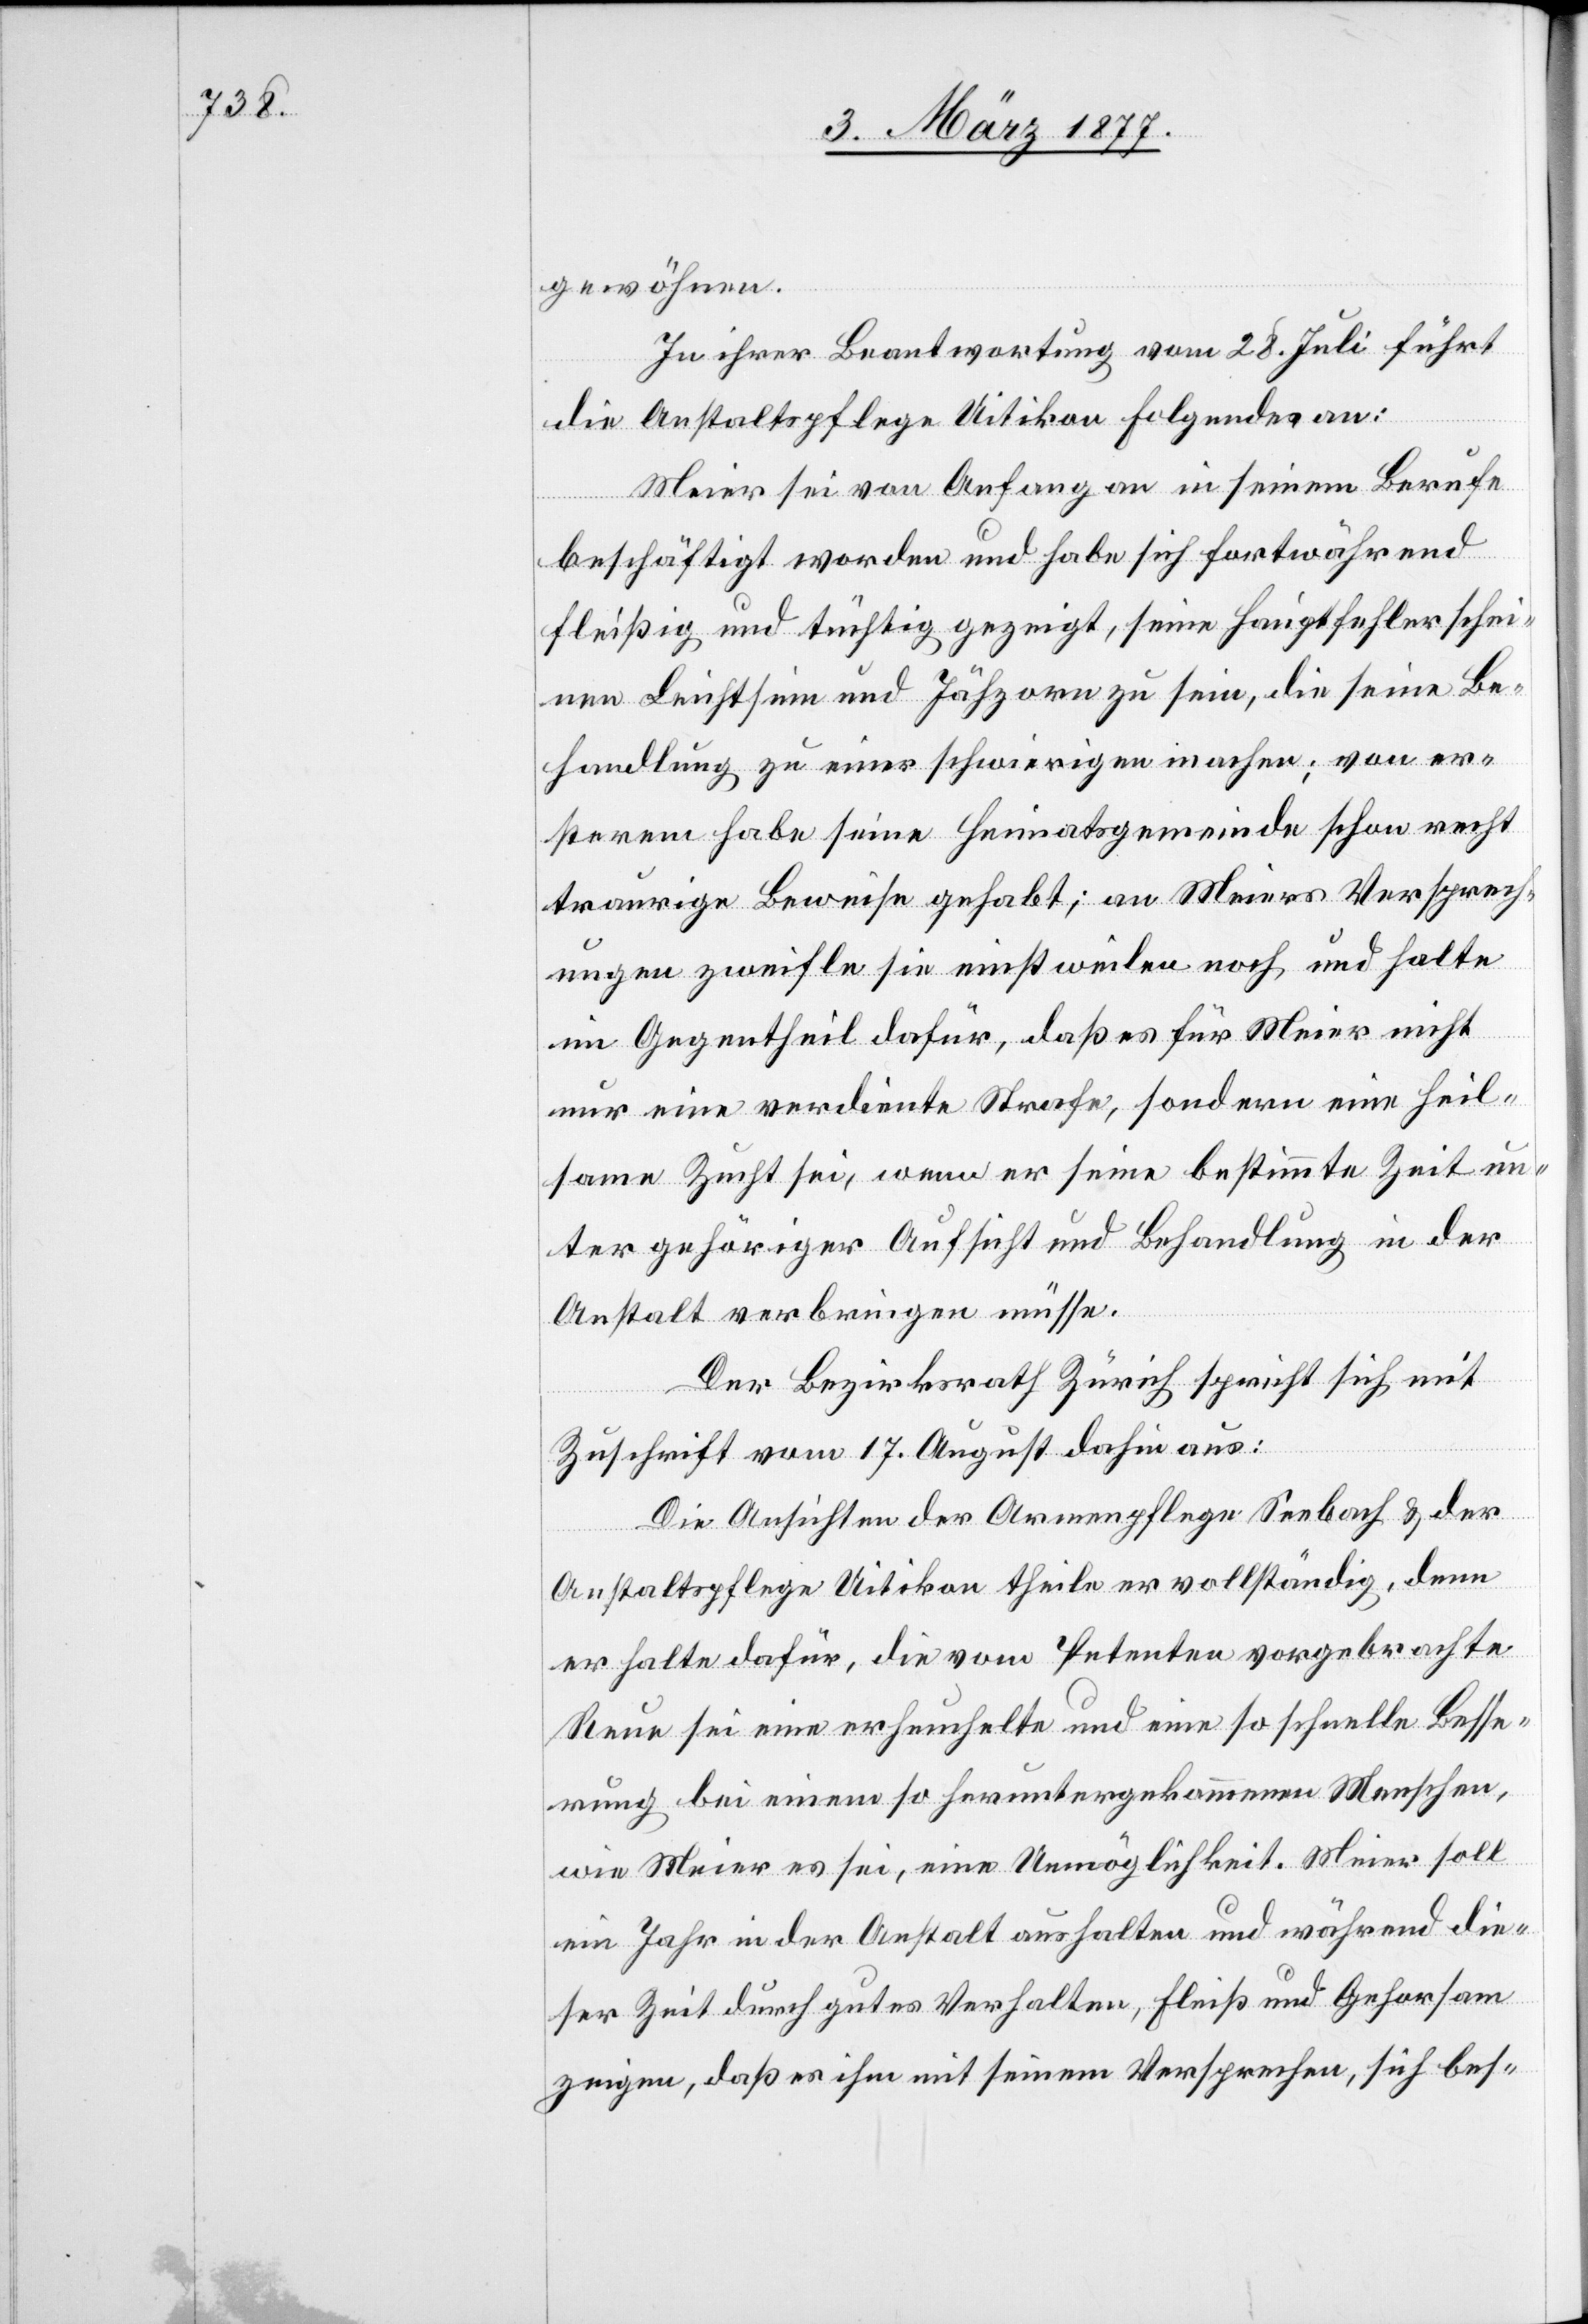
gewöhnen.
In ihrer Beantwortung vom 28. Juli führt
die Anstaltspflege Uitikon Folgendes an:
Meier sei von Anfang an in seinem Berufe
beschäftigt worden und habe sich fortwährend
fleißig und tüchtig gezeigt, seine Hauptfehler schei¬
nen Leichtsinn und Jähzorn zu sein, die seine Be¬
handlung zu einer schwierigen machen; von er¬
sterem habe seine Heimatgemeinde schon recht
traurige Beweise gehabt; an Meiers Versprech¬
ungen zweifle sie einstweilen noch und halte
im Gegentheil dafür, daß es für Meier nicht
nur eine verdiente Strafe, sondern eine heil¬
same Zucht sei, wenn er seine bestimmte Zeit un¬
ter gehöriger Aufsicht und Behandlung in der
Anstalt verbringen müsse.
Der Bezirksrath Zürich spricht sich mit
Zuschrift vom 17. August dahin aus:
Die Ansichten der Armenpflege Seebach & der
Anstaltspflege Uitikon theile er vollständig, denn
er halte dafür, die vom Petenten vorgebrachte
Reue sei eine erheuchelte und eine so schnelle Besse¬
rung bei einem so heruntergekommenen Menschen,
wie Meier es sei, eine Unmöglichkeit. Meier soll
ein Jahr in der Anstalt aushalten und während die¬
ser Zeit durch gutes Verhalten, Fleiß und Gehorsam
zeigen, daß es ihm mit seinem Versprechen, sich bes-